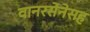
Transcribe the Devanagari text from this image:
वानरसेनेसह